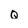
Character: Q